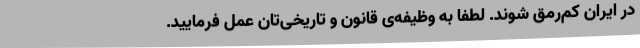
در ایران کم‌رمق شوند. لطفا به وظیفه‌ی قانون و تاریخی‌تان عمل فرمایید.